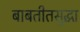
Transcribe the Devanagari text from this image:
बाबतीतसुद्धा